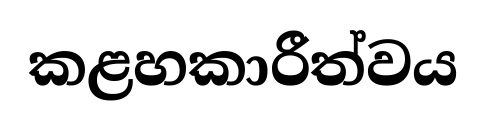
කළහකාරීත්වය